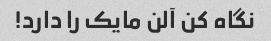
نگاه کن آلن مایک را دارد!